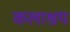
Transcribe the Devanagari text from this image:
कलाश्रय